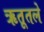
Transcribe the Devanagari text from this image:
ऋतूतले